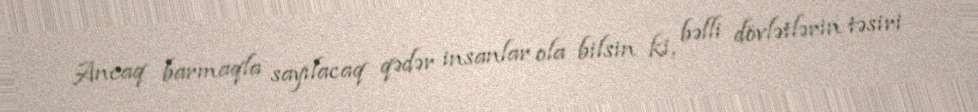
Ancaq barmaqla sayılacaq qədər insanlar ola bilsin ki, bəlli dövlətlərin təsiri